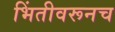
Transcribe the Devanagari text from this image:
भिंतीवरूनच